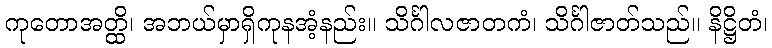
ကုတောအတ္ထိ၊ အဘယ်မှာရှိကုနအံ့နည်း။ သိင်္ဂါလဇာတကံ၊ သိင်္ဂါဇာတ်သည်။ နိဋ္ဌိတံ၊